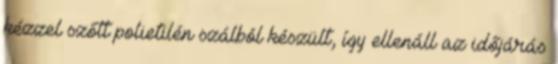
kézzel szőtt polietilén szálból készült, így ellenáll az időjárás